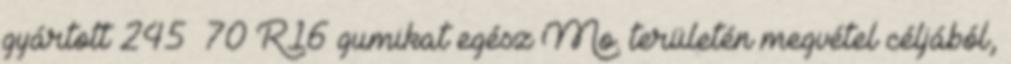
gyártott 245 70 R16 gumikat egész Mo. területén megvétel céljából,